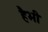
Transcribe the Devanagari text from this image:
हैभी